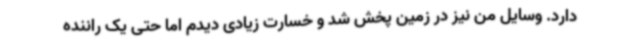
دارد. وسایل من نیز در زمین پخش شد و خسارت زیادی دیدم اما حتی یک راننده